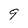
Character: 9